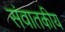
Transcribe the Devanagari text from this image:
संवातकीय